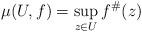
LaTeX: \begin{align*}\mu(U,f)=\sup_{z\in U} f^\#(z)\end{align*}